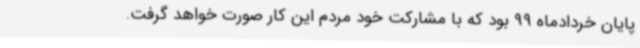
پایان خردادماه 99 بود که با مشارکت خود مردم این کار صورت خواهد گرفت.